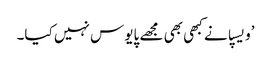
’ویسپا نے کبھی بھی مجھے پایوس نہیں کیا۔